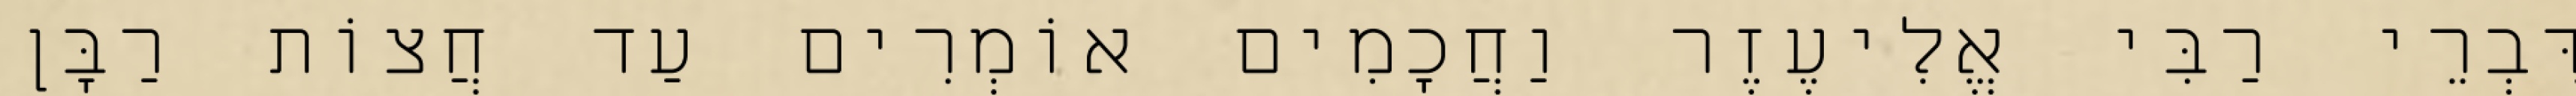
דִּבְרֵי רַבִּי אֱלִיעֶזֶר וַחֲכָמִים אוֹמְרִים עַד חֲצוֹת רַבָּן